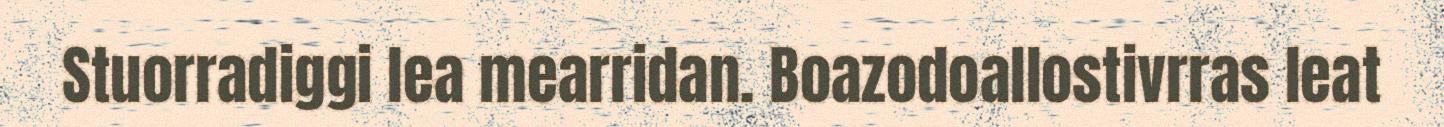
Stuorradiggi lea mearridan. Boazodoallostivrras leat